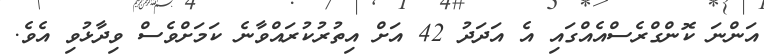
އަންނަ ކޮންގްރެސްއެއްގައި އެ އަދަދު 42 އަށް އިތުރުކުރައްވާނެ ކަމަށްވެސް ވިދާޅުވި އެވެ.